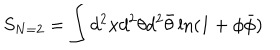
S _ { N = 2 } = \int d ^ { 2 } x d ^ { 2 } \theta d ^ { 2 } \bar { \theta } \ln ( 1 + \phi \bar { \phi } )